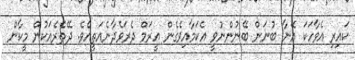
ކައިރި އެވާހަކަ އޭނާ ބުނަން ބޭނުންނުވީ އެކަމާއިވެގެން އީރަމް ދެރަވެދާނެއަތީއެވެ. ދޭތެރެއަކުން މީކާން